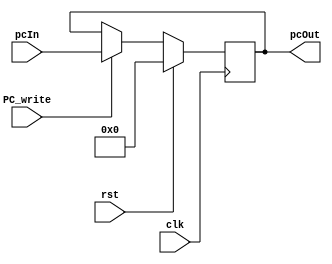
module pc(clk, rst, pcOut, pcIn, PC_write);
	output	[31:0]	pcOut;
	input		[31:0]	pcIn;
	input		clk, rst, PC_write;
	
	reg		[31:0]	pc;
	
	assign pcOut = pc;
	
	always@ (posedge clk)
	begin
		if (rst)
			pc <= 0;
		// Stall
		else if (!PC_write)
			pc <= pc;
		else
			pc <= pcIn;
	end
	
endmodule